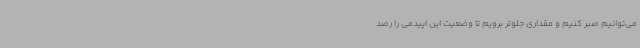
می‌توانیم صبر کنیم و مقداری جلوتر برویم تا وضعیت این اپیدمی را رصد